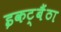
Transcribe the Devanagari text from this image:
इकट्बैंठा